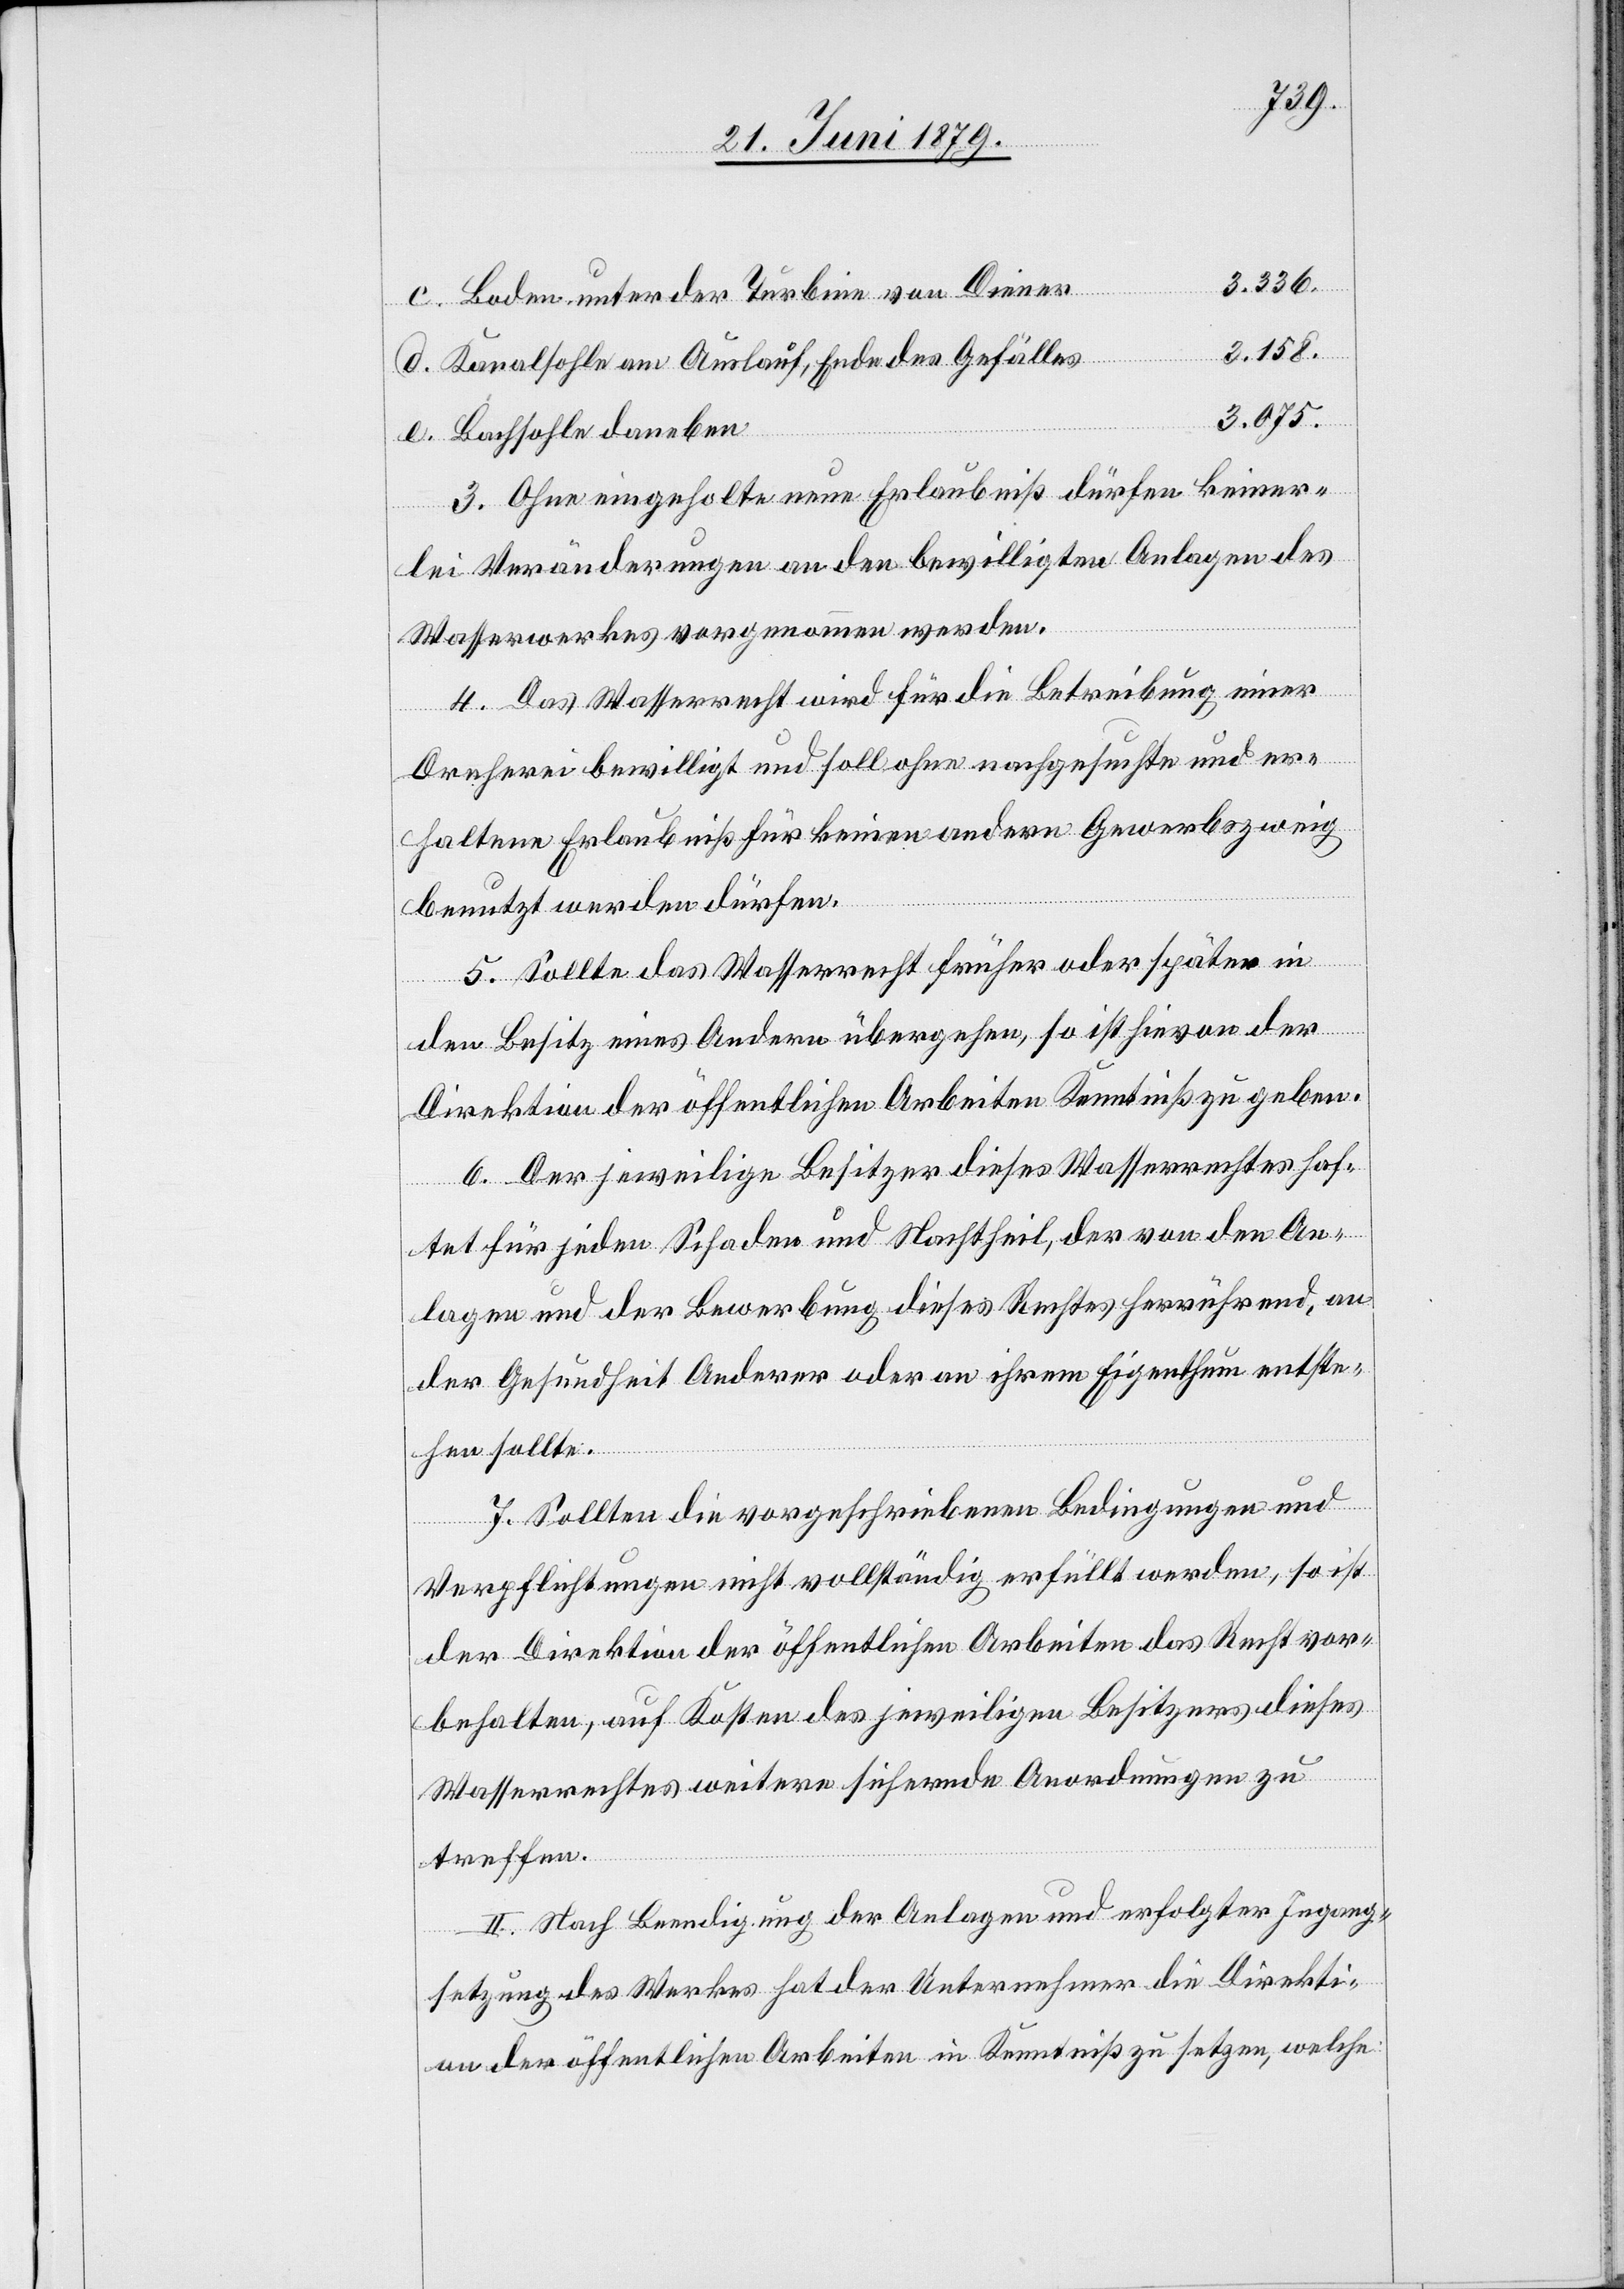
3.336.
Boden unter der Turbine von Diener
3.158.
Kanalsohle am Auslauf, Ende des Gefälles
3.075.
Bachsohle daneben
3. Ohne eingeholte neue Erlaubniß dürfen keiner¬
lei Veränderungen an den bewilligten Anlagen des
Wasserwerkes vorgenommen werden.
4. Das Wasserrecht wird für die Betreibung einer
Dreherei bewilligt und soll ohne nachgesuchte und er¬
haltene Erlaubniß für keinen andern Gewerbszweig
benutzt werden dürfen.
e.
5. Sollte das Wasserrecht früher oder später in
den Besitz eines Andern übergehen, so ist hievon der
Direktion der öffentlichen Arbeiten Kenntniß zu geben.
6. Der jeweilige Besitzer dieses Wasserrechtes haf¬
tet für jeden Schaden und Nachtheil, der von den An¬
lagen und der Bewerbung dieses Rechtes herrührend, an
der Gesundheit Anderer oder an ihrem Eigenthum entste¬
hen sollte.
7. Sollten die vorgeschriebenen Bedingungen und
Verpflichtungen nicht vollständig erfüllt werden, so ist
der Direktion der öffentlichen Arbeiten das Recht vor¬
behalten, auf Kosten des jeweiligen Besitzers dieses
Wasserrechtes weitere sichernde Anordnungen zu
treffen.
II. Nach Beendigung der Anlagen und erfolgter Ingang¬
setzung des Werkes hat der Unternehmer die Direkti¬
on der öffentlichen Arbeiten in Kenntniß zu setzen, welche